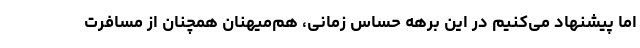
اما پیشنهاد می‌کنیم در این برهه حساس زمانی، هم‌میهنان همچنان از مسافرت